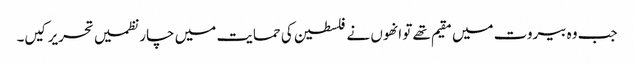
جب وہ بیروت میں مقیم تھے تو انھوں نے فلسطین کی حمایت میں چار نظمیں تحریر کیں۔